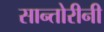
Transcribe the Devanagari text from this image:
सान्तोरीनी